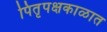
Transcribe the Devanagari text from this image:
पितृपक्षकाळात